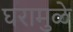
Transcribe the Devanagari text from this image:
घरामुळे